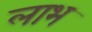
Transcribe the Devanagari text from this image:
लाभ